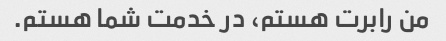
من رابرت هستم، در خدمت شما هستم.